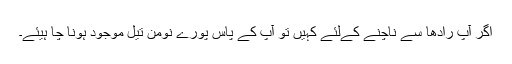
اگر آپ رادھا سے ناچنے کےلئے کہیں تو آپ کے پاس پورے نومن تیل موجود ہونا چا ہیئے۔